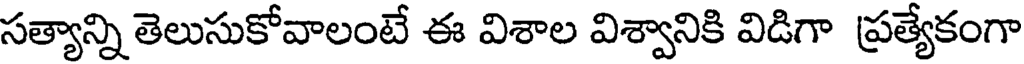
సత్యాన్ని తెలుసుకోవాలంటే ఈ విశాల విశ్వానికి విడిగా ప్రత్యేకంగా